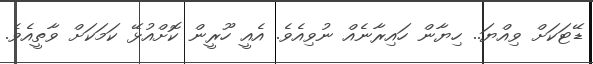
ޑޭޓަކަށް ވިއްޔަ.. ހިޔާން ހައިރާނެއް ނުވިއެވެ. އެއީ ހޫރީން ކޮށްއުޅޭ ކަމަކަށް ވާތީއެވެ.